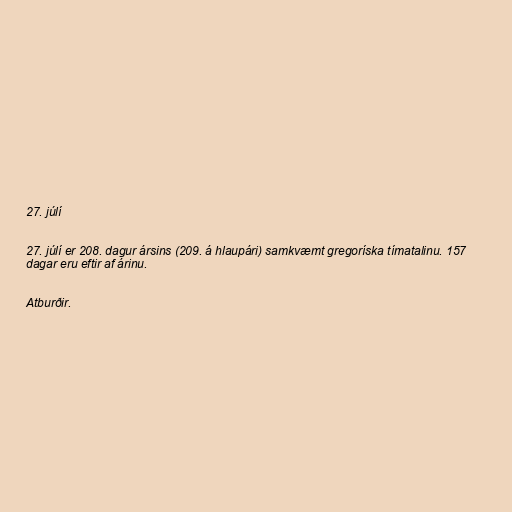
27. júlí

27. júlí er 208. dagur ársins (209. á hlaupári) samkvæmt gregoríska tímatalinu. 157
dagar eru eftir af árinu.

Atburðir.